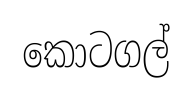
කොටගල්